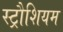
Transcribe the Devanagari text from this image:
स्ट्रौशियम